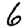
Digit: 6